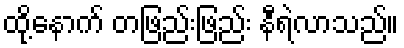
ထို့နောက် တဖြည်းဖြည်း နီရဲလာသည်။